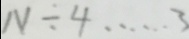
N \div 4 \cdots 3